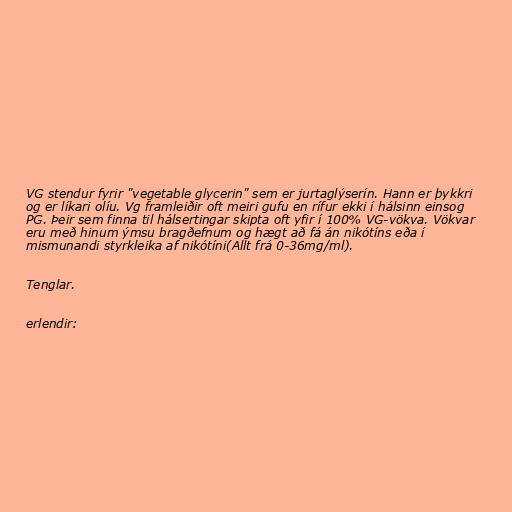
VG stendur fyrir "vegetable glycerin" sem er jurtaglýserín. Hann er þykkri
og er líkari olíu. Vg framleiðir oft meiri gufu en rífur ekki í hálsinn einsog
PG. Þeir sem finna til hálsertingar skipta oft yfir í 100% VG-vökva. Vökvar
eru með hinum ýmsu bragðefnum og hægt að fá án nikótíns eða í
mismunandi styrkleika af nikótíni(Allt frá 0-36mg/ml).

Tenglar.

erlendir: